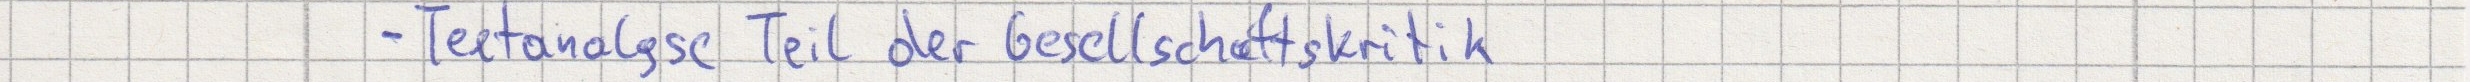
- Textanalyse Teil der Gesellschaftskritik